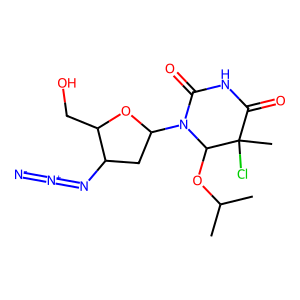
SMILES: CC(C)OC1N(C2CC(N=[N+]=[N-])C(CO)O2)C(=O)NC(=O)C1(C)Cl
Inhibits HIV replication: No